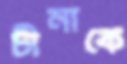
চীনাকে